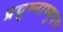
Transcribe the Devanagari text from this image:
प्रद्युम्नाभ्युदय